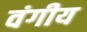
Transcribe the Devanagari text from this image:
वंगीय